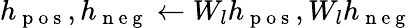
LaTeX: h_{\mathrm{~p~o~s~}},h_{\mathrm{~n~e~g~}}\gets W_{l}h_{\mathrm{~p~o~s~}},W_{l}h_{\mathrm{~n~e~g~}}